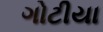
ગોટીયા